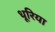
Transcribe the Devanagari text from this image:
धूरिया